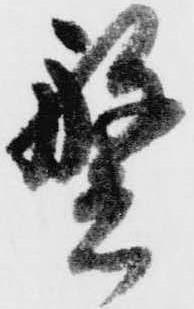
繁